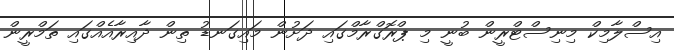
އިސްލާމިކް މިނިސްޓްރީން ބުނީ މި ޕްރޮގްރާމްގައި ދަށުން މައިގަނޑު ތިން ދާއިރާއެއްގައި ތަމްރީން